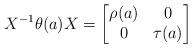
LaTeX: \begin{align*}X^{-1} \theta(a) X = \begin{bmatrix} \rho(a) & 0 \\ 0 & \tau(a) \end{bmatrix} \end{align*}